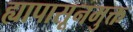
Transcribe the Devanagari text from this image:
ह्यापासूनमुक्त